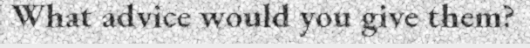
What advice would you give them?